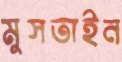
মুসতাইন